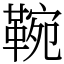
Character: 䩩